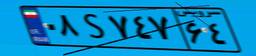
۰۸S۷۴۷۶۴